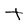
Character: t